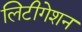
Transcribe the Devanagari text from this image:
लिटीगेशन